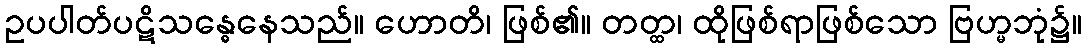
ဥပပါတ်ပဋိသန္ဓေနေသည်။ ဟောတိ၊ ဖြစ်၏။ တတ္ထ၊ ထိုဖြစ်ရာဖြစ်သော ဗြဟ္မဘုံ၌။